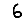
Digit: 6